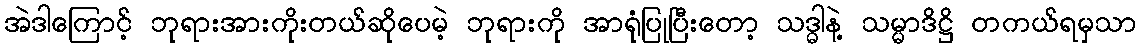
အဲဒါကြောင့် ဘုရားအားကိုးတယ်ဆိုပေမဲ့ ဘုရားကို အာရုံပြုပြီးတော့ သဒ္ဓါနဲ့ သမ္မာဒိဋ္ဌိ တကယ်ရမှသာ